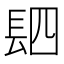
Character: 䦉